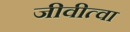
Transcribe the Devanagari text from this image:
जीवीत्वा